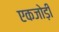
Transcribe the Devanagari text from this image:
एकजोड़ी